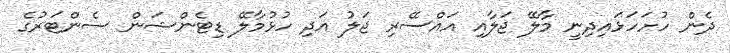
ދެން ހުށަހަޅައިދިނީ މާލޭ ޖަލާއި އައްސޭރި ޖަލު އަދި ހުޅުމާލޭ ޑިޓެންޝަން ސެންޓަރުގެ